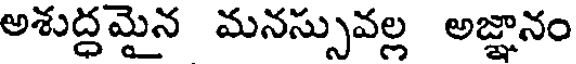
అశుద్ధమైన మనస్సువల్ల అజ్ఞానం